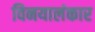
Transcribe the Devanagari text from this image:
विनयालंकार